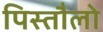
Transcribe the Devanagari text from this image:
पिस्तौलो